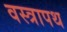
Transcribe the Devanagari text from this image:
वस्त्रापथ